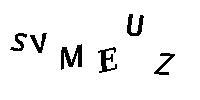
SVMEUZ